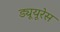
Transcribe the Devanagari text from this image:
ड्यूयूरेस